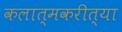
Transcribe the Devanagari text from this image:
कलात्मकरीत्या